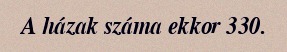
A házak száma ekkor 330.